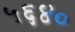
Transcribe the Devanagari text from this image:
५६४०